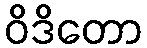
ဝိဒိတော